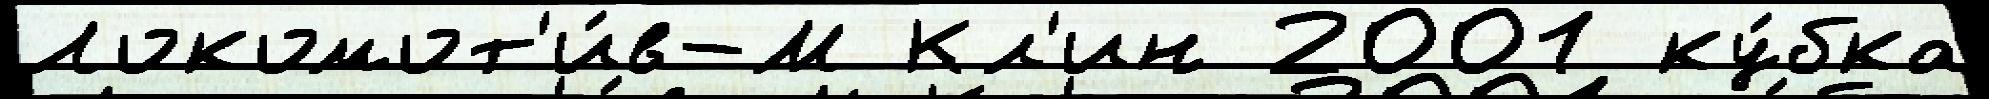
Локомот'и́в-М Кл'ин 2001 ку́бка